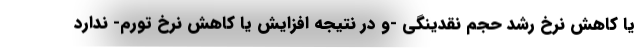
یا کاهش نرخ رشد حجم نقدینگی -و در نتیجه افزایش یا کاهش نرخ تورم- ندارد